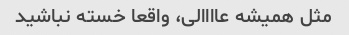
مثل همیشه عاااالی، واقعا خسته نباشید